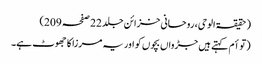
(حقیقۃ الوحی، روحانی خزائن جلد 22 صفحہ 209)
(توأم کہتے ہیں جڑواں بچوں کو اور یہ مرزا کا جھوٹ ہے۔